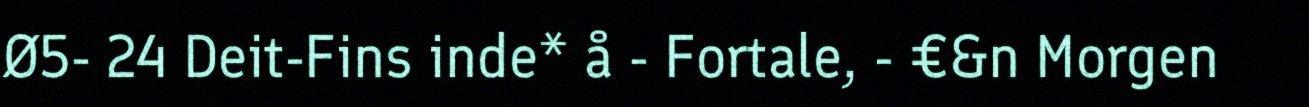
Ø5- 24 Deit-Fins inde* å - Fortale, - €&n Morgen